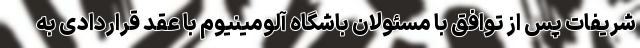
شریفات پس از توافق با مسئولان باشگاه آلومینیوم با عقد قراردادی به